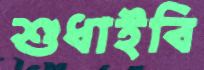
শুধাইবি